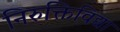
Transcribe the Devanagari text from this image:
निरुक्तिविद्या